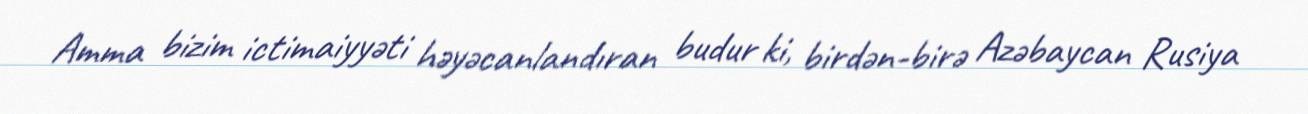
Amma bizim ictimaiyyəti həyəcanlandıran budur ki, birdən-birə Azəbaycan Rusiya